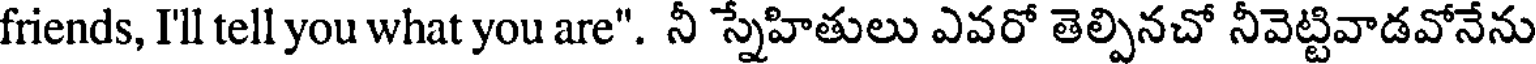
friends, Ill tell you what you are". నీ స్నేహితులు ఎవరో తెల్పినచో నీవెట్టివాడవోనేను